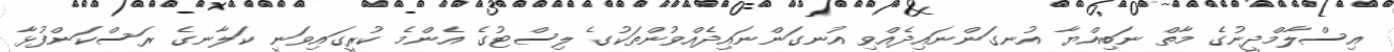
އިސްލާމްދީނުގެ މާތް ނަބިއްޔާ އުނގަންނައިދެއްވި އުނގަންނައިދެއްވުންތަކުގެ ލިސްޓުގެ އެންމެ ކުރީގައިވަނީ ކަލާނގެ ރަސްކަންފުޅާ